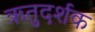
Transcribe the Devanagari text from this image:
ऋतुदर्शक